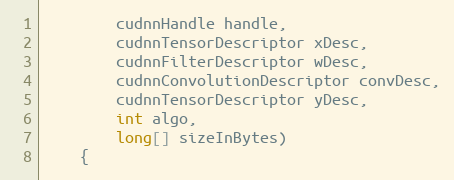
Language: Java
        cudnnHandle handle,
        cudnnTensorDescriptor xDesc,
        cudnnFilterDescriptor wDesc,
        cudnnConvolutionDescriptor convDesc,
        cudnnTensorDescriptor yDesc,
        int algo,
        long[] sizeInBytes)
    {